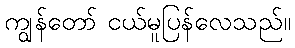
ကျွန်တော် ငယ်မူပြန်လေသည်။